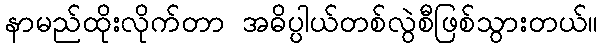
နာမည်ထိုးလိုက်တာ အဓိပ္ပါယ်တစ်လွဲစီဖြစ်သွားတယ်။